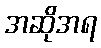
အဆိုအရ